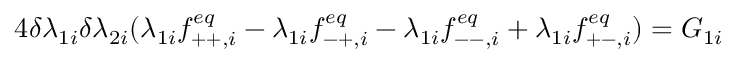
4 \delta \lambda _ { 1 i } \delta \lambda _ { 2 i } ( \lambda _ { 1 i } f _ { + + , i } ^ { e q } - \lambda _ { 1 i } f _ { - + , i } ^ { e q } - \lambda _ { 1 i } f _ { -- , i } ^ { e q } + \lambda _ { 1 i } f _ { + - , i } ^ { e q } ) = G _ { 1 i }